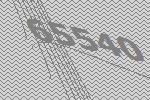
65540